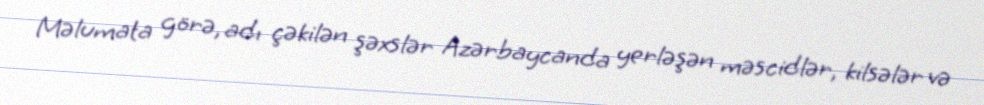
Məlumata görə, adı çəkilən şəxslər Azərbaycanda yerləşən məscidlər, kilsələr və